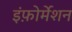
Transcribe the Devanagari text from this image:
इंफ़ोर्मेशन